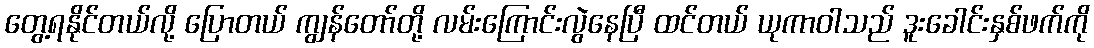
တွေ့ရနိုင်တယ်လို့ ပြောတယ် ကျွန်တော်တို့ လမ်းကြောင်းလွဲနေပြီ ထင်တယ် ယုကာဝါသည် ဒူးခေါင်းနှစ်ဖက်ကို